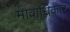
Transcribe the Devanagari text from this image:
मावाधिकार